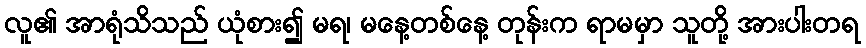
လူ၏ အာရုံသိသည် ယုံစား၍ မရ၊ မနေ့တစ်နေ့ တုန်းက ရာမမှာ သူတို့ အားပါးတရ